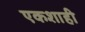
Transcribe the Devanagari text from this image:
एकशाही